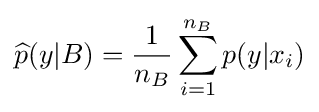
{\widehat {p}}(y|B)={\frac {1}{n_{B}}}\sum _{i=1}^{n_{B}}p(y|x_{i})